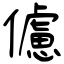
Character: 儢